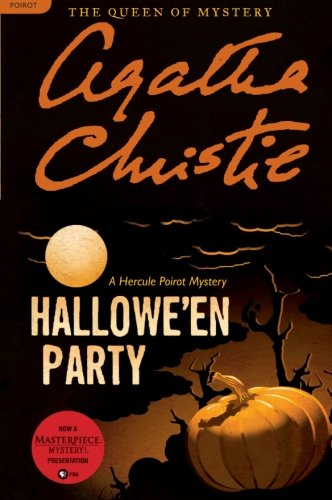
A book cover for Hallowe'en Party: A Hercule Poirot Mystery (Hercule Poirot Mysteries); Agatha Christie; Mystery, Thriller & Suspense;